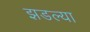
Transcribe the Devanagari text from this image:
झडल्या